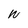
Character: W